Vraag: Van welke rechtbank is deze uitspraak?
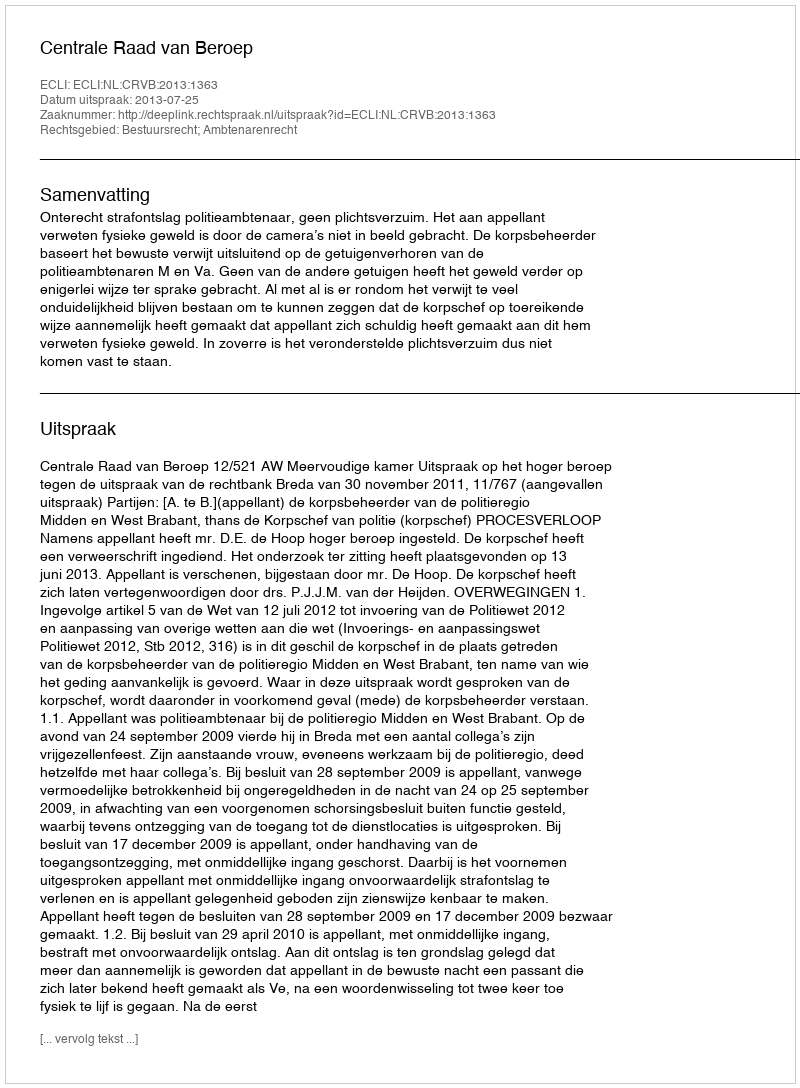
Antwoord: Centrale Raad van Beroep